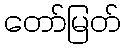
တော်မြတ်